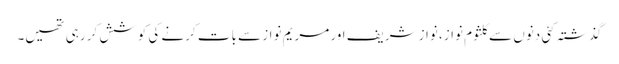
گذشتہ کئی دنوں سے کلثوم نواز، نواز شریف اور مریم نواز سے بات کرنے کی کوشش کر رہی تھیں۔